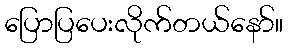
ပြောပြပေးလိုက်တယ်နော်။